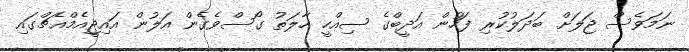
ނަމަވެސް ޖަލަށް ބަދަލުކުރި ފަހުން އަދީބްގެ ސިއްހީ ހާލަތު ގޯސްވެގެން އަލުން އައިޖީއެމްއެޗްގައި